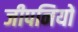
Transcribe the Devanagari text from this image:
जीपनियों